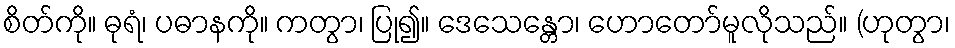
စိတ်ကို။ ဓုရံ၊ ပဓာနကို။ ကတွာ၊ ပြု၍။ ဒေသေန္တော၊ ဟောတော်မူလိုသည်။ (ဟုတွာ၊